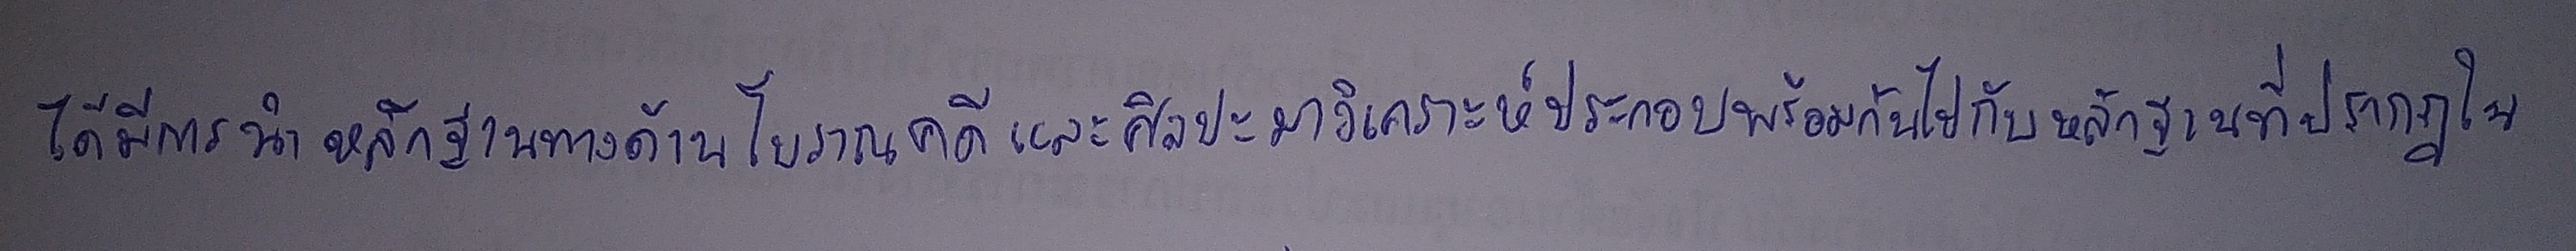
ได้มีการนำหลักฐานทางด้านโบราณคดีและศิลปะมาวิเคราะห์ประกอบพร้อมกันไปกับหลักฐานที่ปรากฏใน